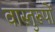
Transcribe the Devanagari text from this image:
वास्तुरूपों